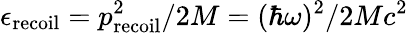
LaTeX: \epsilon_{\mathrm{recoil}}=p_{\mathrm{recoil}}^{2}/2M=(\hbar\omega)^{2}/2Mc^{2}